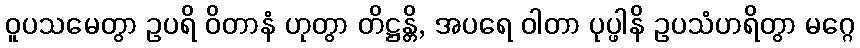
ဝူပသမေတွာ ဥပရိ ဝိတာနံ ဟုတွာ တိဋ္ဌန္တိ, အပရေ ဝါတာ ပုပ္ဖါနိ ဥပသံဟရိတွာ မဂ္ဂေ